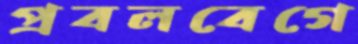
প্রবলবেগে